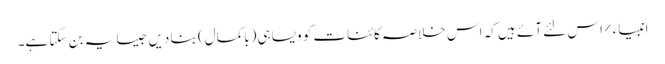
انبیاء ٪ اس لئے آئے ہیں کہ اس خلاصہ کائنات کو ویسا ہی(باکمال) بنا دیں جیسا یہ بن سکتا ہے۔